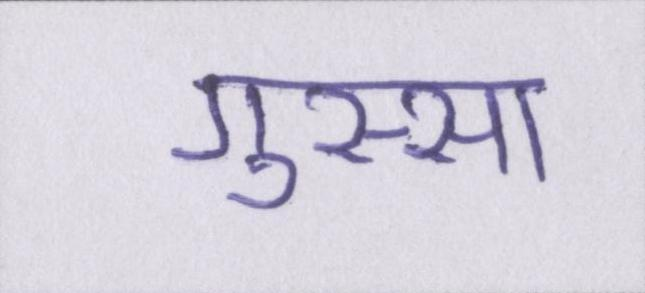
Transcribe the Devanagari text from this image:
गुस्सा